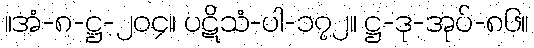
။အံ-၈-ဋ္ဌ-၂၀၄။ ပဋိသံ-ပါ-၁၇၂။ ဋ္ဌ-ဒု-အုပ်-၈၆။